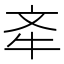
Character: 𣁄